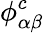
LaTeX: \phi_{\alpha\beta}^{c}